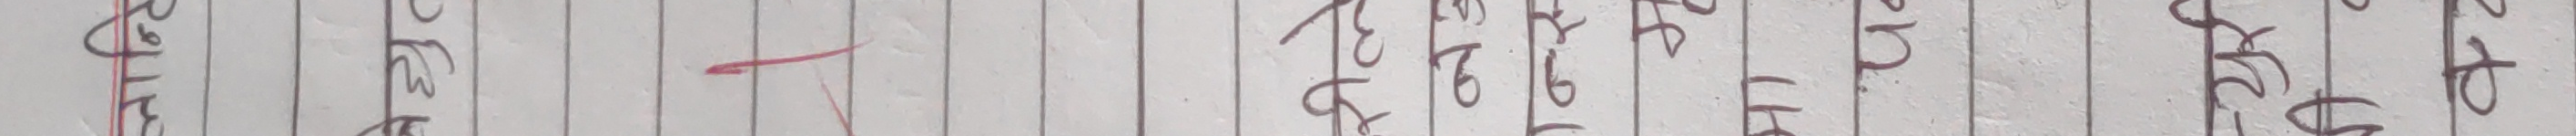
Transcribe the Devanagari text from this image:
मगरको हो ।